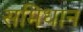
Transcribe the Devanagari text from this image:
समिधान